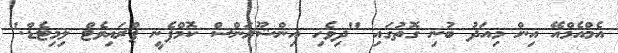
އެމްއެމްއޭ އިން މިއަދު ބުނި ގޮތުގައި "ދިވެހި އިންޝޫރަންސް ކޮމްޕެނީ ޕްރައިވެޓް ލިމިޓެޑް."